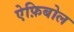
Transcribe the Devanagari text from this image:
ऐफ़िबोल